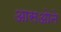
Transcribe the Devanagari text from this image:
आसओने